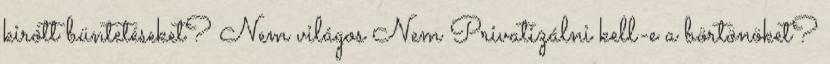
kirótt büntetéseket? Nem világos Nem Privatizálni kell-e a börtönöket?